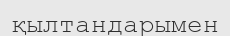
қылтандарымен